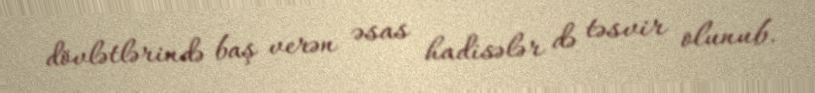
dövlətlərində baş verən əsas hadisələr də təsvir olunub.